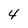
Character: 4